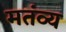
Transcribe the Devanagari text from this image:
मतंव्य